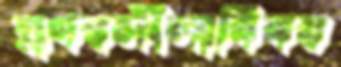
প্রণয়লীলাবিষয়